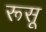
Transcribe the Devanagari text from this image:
रूसू